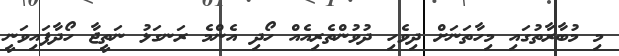
މި މުބާރާތުގައި މިހާތަނަށް ދިވެހި ދުވުންތެރިއެއް ހޯދި އެންމެ ރަނގަޅު ނަތީޖާ ހޯދާފައިވަނީ